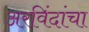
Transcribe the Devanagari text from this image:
अरविंदांचा